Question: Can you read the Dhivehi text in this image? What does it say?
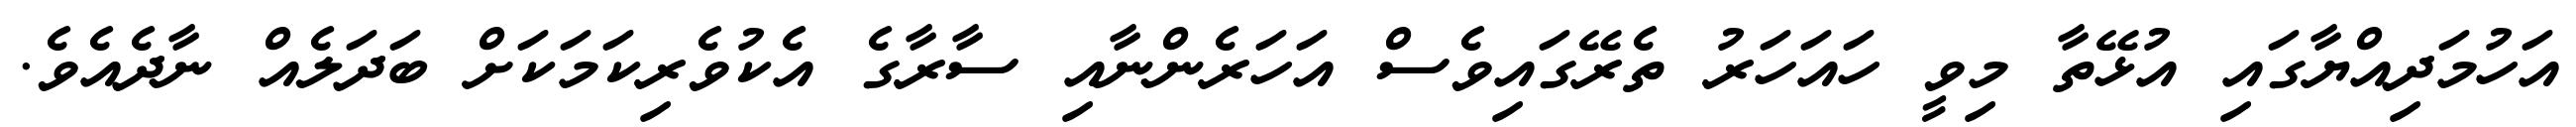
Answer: އަހުމަދިއްޔާގައި އުޅޭތާ މިވީ ހައަހަރު ތެރޭގައިވެސް އަހަރެންނާއި ސާރާގެ އެކުވެރިކަމަކަށް ބަދަލެއް ނާދެއެވެ.